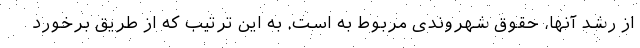
از رشد آنها، حقوق شهروندی مربوط به است. به این ترتیب که از طریق برخورد